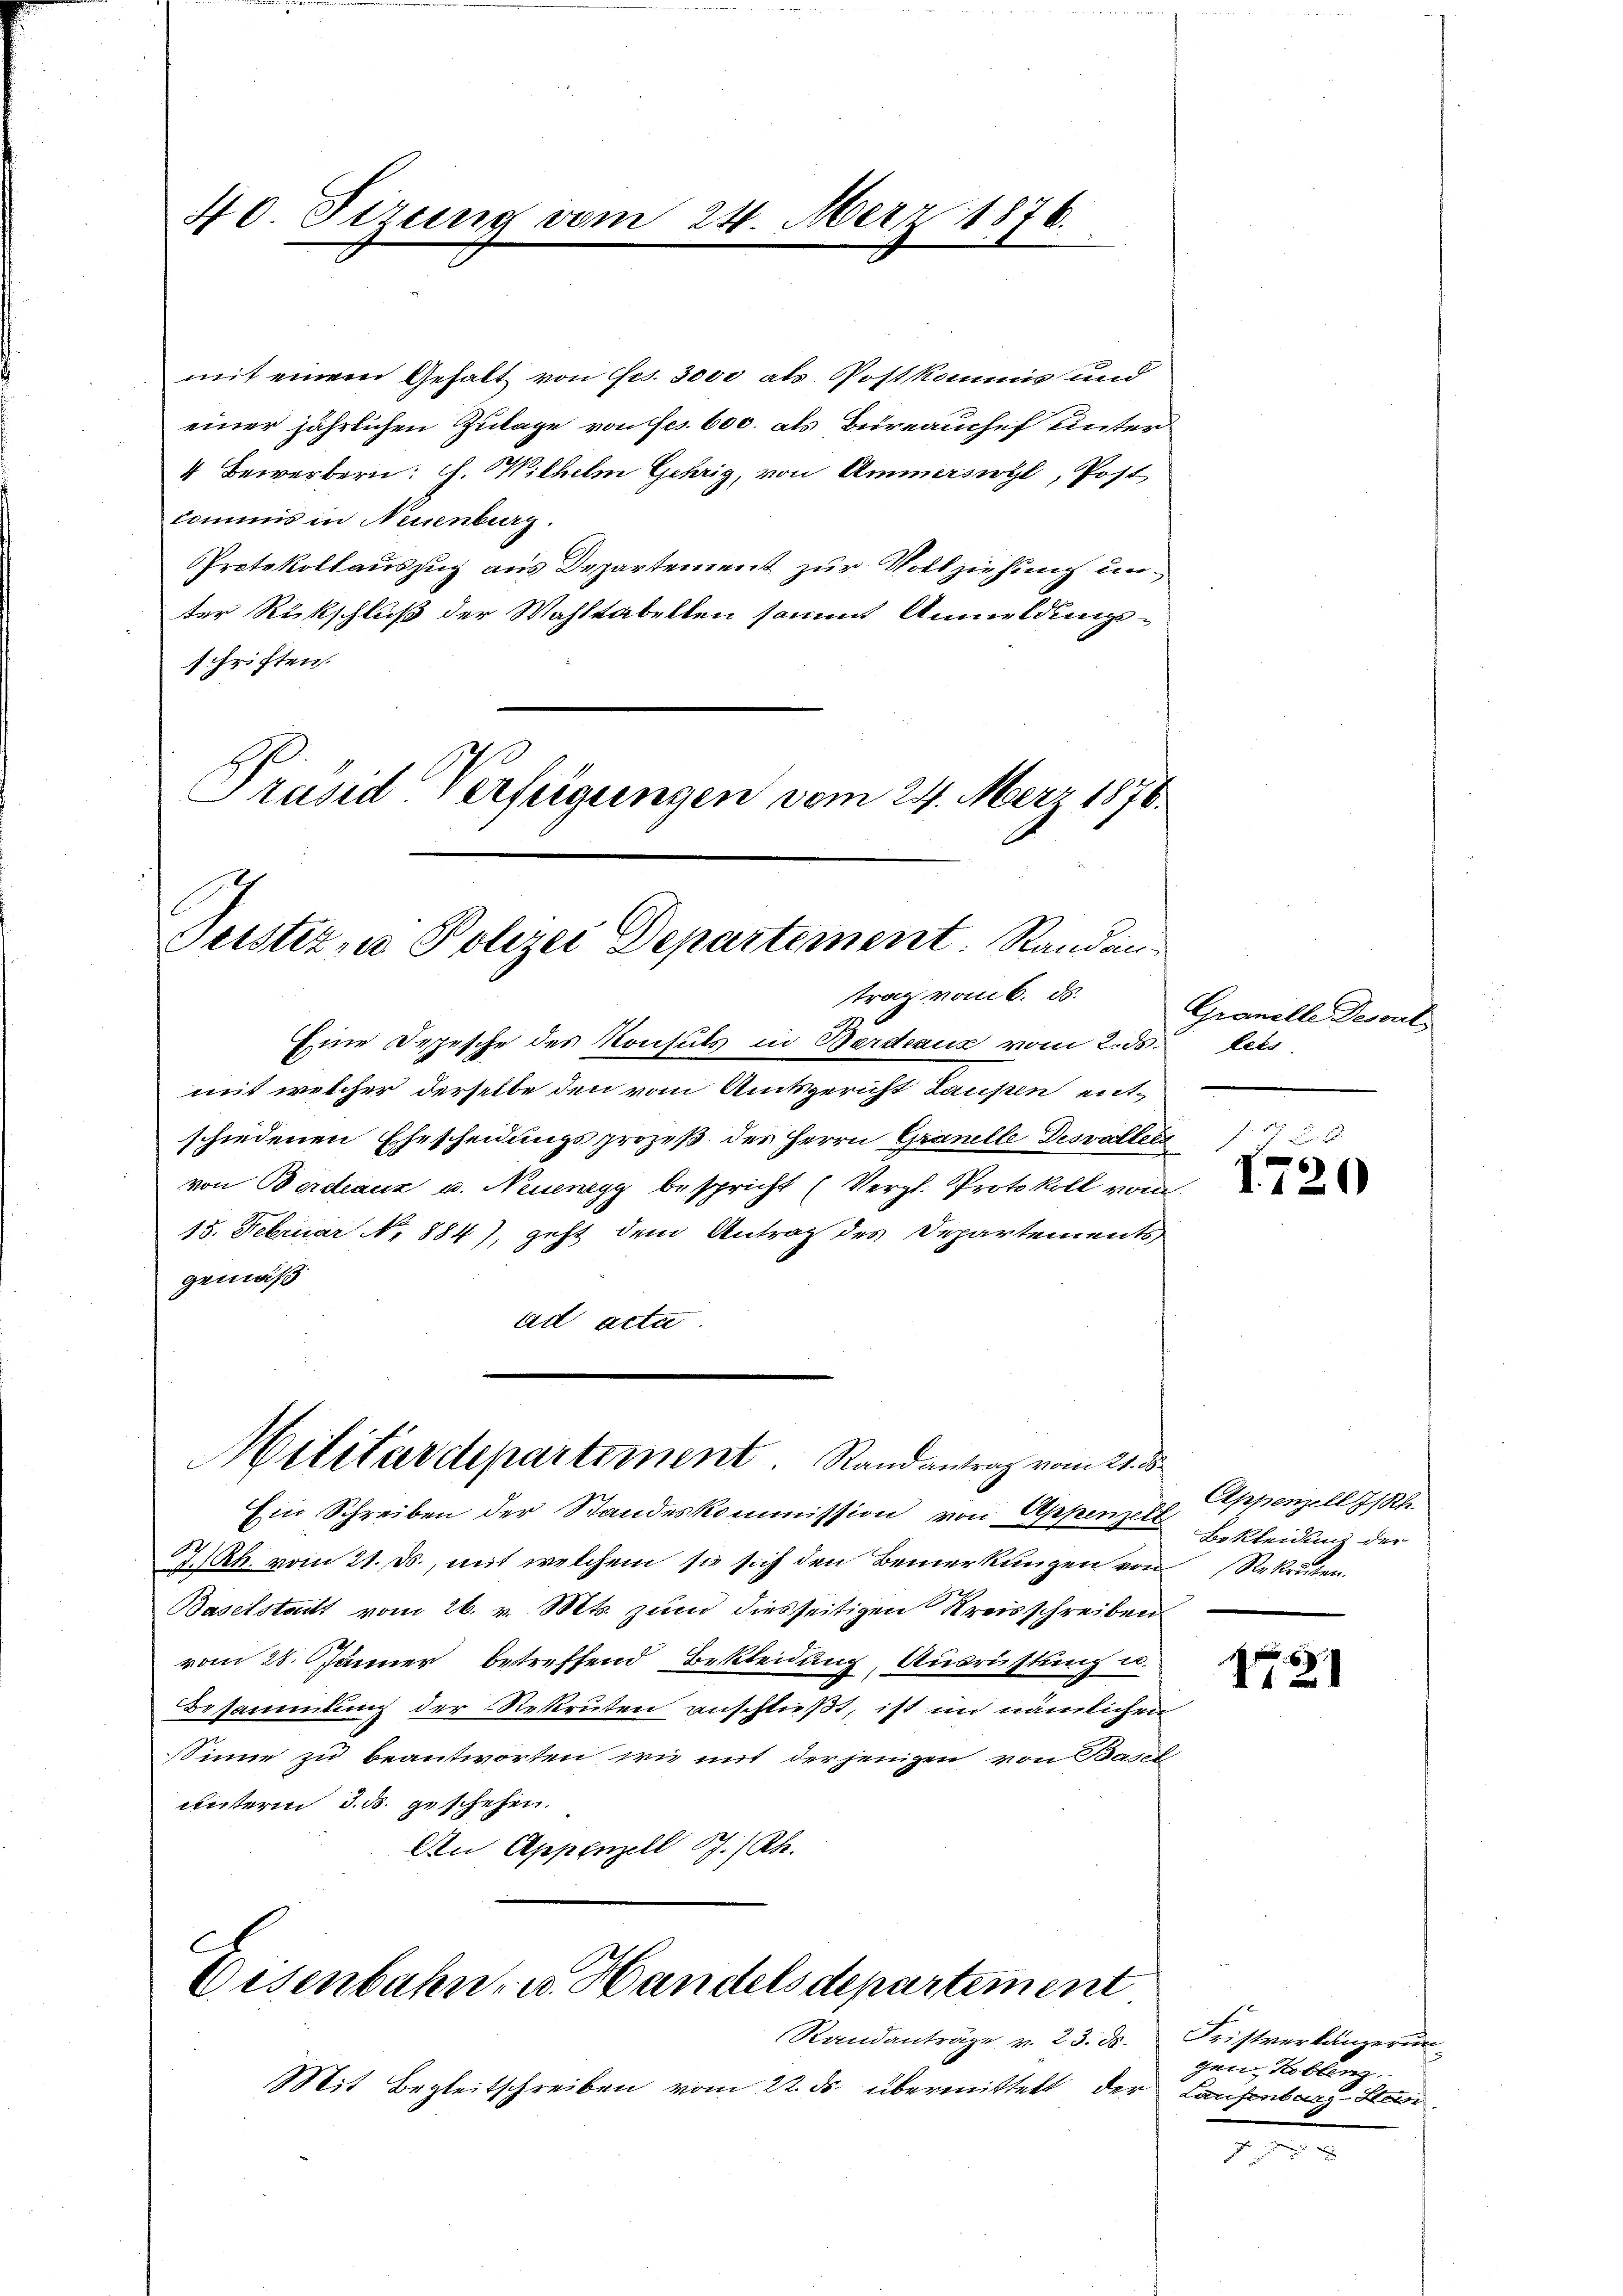
mit einem Gehalt von Ges. 3000 als Postkommis und
einer jährlichen Zulage von fes. 600. als Büreauchef unter
4 Bewerbern: C. Wilhelm Gehrig, von Ammerswyl, Post
kommis in Neuenburg.
Protokollauszug aus Departement zur Vollziehung unter Rückschluß der Wahltabellen sammt Anmeldungsschriften.

40. Sizung

vom 24. März 1876.

Präsid Verfügungen vom 24. März 1876
Teistern Polizei Departement. Randinitrag vom 6. ds.

Eine Depesche des Konsuls in Berdrauz vom 2. ds. ers
mit welcher derselbe den vom Amtsgericht Laupen entschiedenen Ehescheidungsprozeß des Herrn Granelle Desvallera
von Bordeaux u. Neuenegg bespricht (Vergl. Protokoll vom
15. Februar No 884), geht dem Antrag des Departements,
gemäß
ad acta.

Militärdepartement. Randantrag vom 21.

C
Disenbahn- u. Handelsdepartement

Mit Begleitschreiben vom 22. ds. übermittelt der Laufenbarg-Stad

Ein Schreiben der Standeskommission von Appenzelt
Rh. vom 21. ds., mit welchem sie sich den Bemerkungen von Rekruten.
Baselstatt vom 26. v. Mts. zum diesseitigen Kreisschreiben.
vom 28. Jänner betreffend Bekleidung, Ausrüstung u.
Besammlung der Rekruten anschließt, ist im nämlichen
Sinne zu beantworten, wie mit derjenigen von Basel
unterm 3. d. geschehen.
An Appenzell I/Rh.

Randanträge v. 23. ds. Fristverlängerun¬

Granelle Descul
.17 f 2

I720

s
Appenzell I/Rh.
Bekleidung der

6
121

gen Koblenz